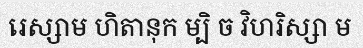
រេស្សាម ហិតានុក ម្បិ ច វិហរិស្សា ម